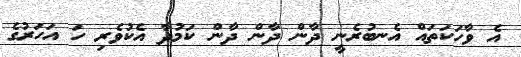
އެ ވާހަކަތައް އެނބުރެނީ ދާން ދާން ދާން ކަމުދާ އެކުވެރި ހަ އަހަރުގެ